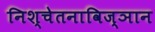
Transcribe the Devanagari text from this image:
निश्चेतनाविज्ञान